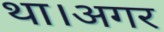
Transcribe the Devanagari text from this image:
था।अगर